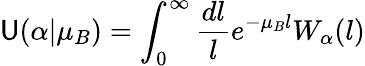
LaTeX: \mathsf{U}(\alpha|\mu_{B})=\int_{0}^{\infty}\frac{{dl}}{{l}}e^{-\mu_{B}l}W_{\alpha}(l)